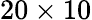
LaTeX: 20\times 10